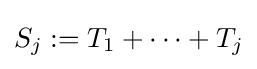
S_{j}:=T_{1}+\cdots +T_{j}